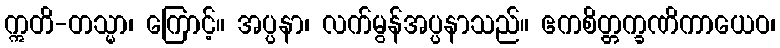
ဣတိ-တသ္မာ၊ ကြောင့်။ အပ္ပနာ၊ လက်မွန်အပ္ပနာသည်။ ဧကစိတ္တက္ခဏိကာယေဝ၊